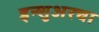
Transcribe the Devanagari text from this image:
इन्‍शुअरचा